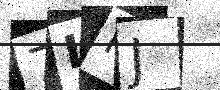
Text: 7INJ